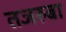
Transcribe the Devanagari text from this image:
तजरुबा